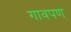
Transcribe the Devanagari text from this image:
गावपण